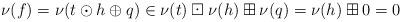
LaTeX: \begin{align*}\nu(f)=\nu(t\odot h \oplus q) \in \nu(t)\boxdot \nu(h) \boxplus \nu(q)=\nu(h) \boxplus 0 =0\end{align*}